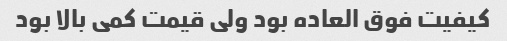
کیفیت فوق العاده بود ولی قیمت کمی بالا بود